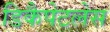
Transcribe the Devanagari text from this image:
डिकैपेटलेस